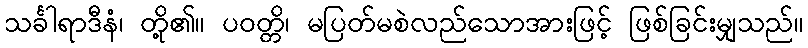
သင်္ခါရာဒီနံ၊ တို့၏။ ပဝတ္တိ၊ မပြတ်မစဲလည်သောအားဖြင့် ဖြစ်ခြင်းမျှသည်။